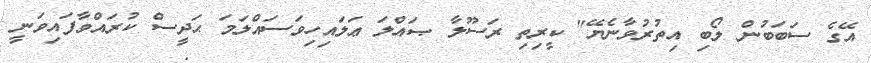
އޭގެ ސަބަބުން ލޯބި އިތުރުވާނެޔޭ" ކީރިތި ރަސޫލާ ޞައްލަ ޢަލައިހިވަސައްލަމަ ޙަދީސް ކުރައްވާފައިވަނީ